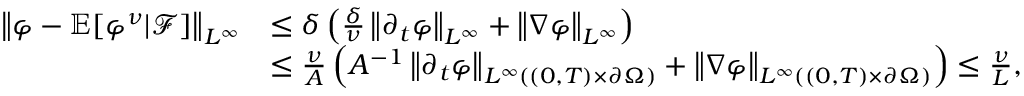
\begin{array} { r l } { \left\lVert \varphi - \mathbb E [ \varphi ^ { \nu } | \mathcal F ] \right\rVert _ { L ^ { \infty } } } & { \le \delta \left( \frac \delta \nu \left\lVert \partial _ { t } \varphi \right\rVert _ { L ^ { \infty } } + \left\lVert \nabla \varphi \right\rVert _ { L ^ { \infty } } \right) } \\ & { \le \frac \nu A \left( A ^ { - 1 } \left\lVert \partial _ { t } \varphi \right\rVert _ { L ^ { \infty } ( ( 0 , T ) \times \partial \Omega ) } + \left\lVert \nabla \varphi \right\rVert _ { L ^ { \infty } ( ( 0 , T ) \times \partial \Omega ) } \right) \le \frac \nu L , } \end{array}